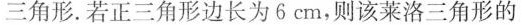
三角形。若正三角形边长为6cm，则该莱洛三角形的